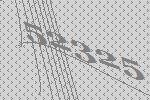
52325